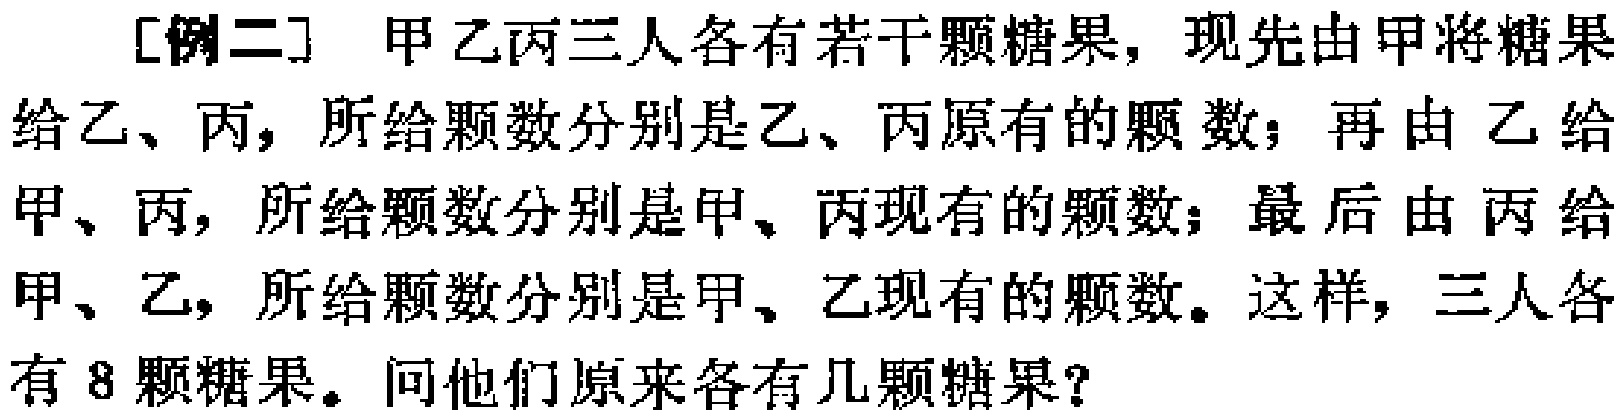
[例二] 甲乙丙三人各有若干颗糖果，现先由甲将糖果给乙、丙，所给颗数分别是乙、丙原有的颗数；再由乙给甲、丙，所给颗数分别是甲、丙现有的颗数；最后由丙给甲、乙，所给颗数分别是甲、乙现有的颗数。这样，三人各有8颗糖果。问他们原来各有几颗糖果？